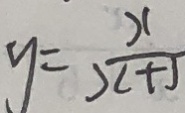
y = \frac { x } { ( x + J ) }